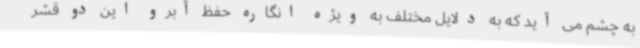
به چشم می آید که به دلایل مختلف به ویژه انگاره حفظ آبرو این دو قشر